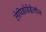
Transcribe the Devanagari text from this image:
लेपिडोडेंड्रैलीज